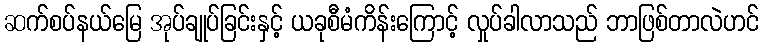
ဆက်စပ်နယ်မြေ အုပ်ချုပ်ခြင်းနှင့် ယခုစီမံကိန်းကြောင့် လှုပ်ခါလာသည် ဘာဖြစ်တာလဲဟင်